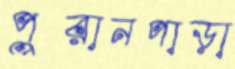
পুরানপাড়া